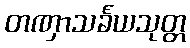
တဏှာသင်္ခယသုတ္တ